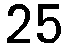
25